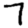
Digit: 7